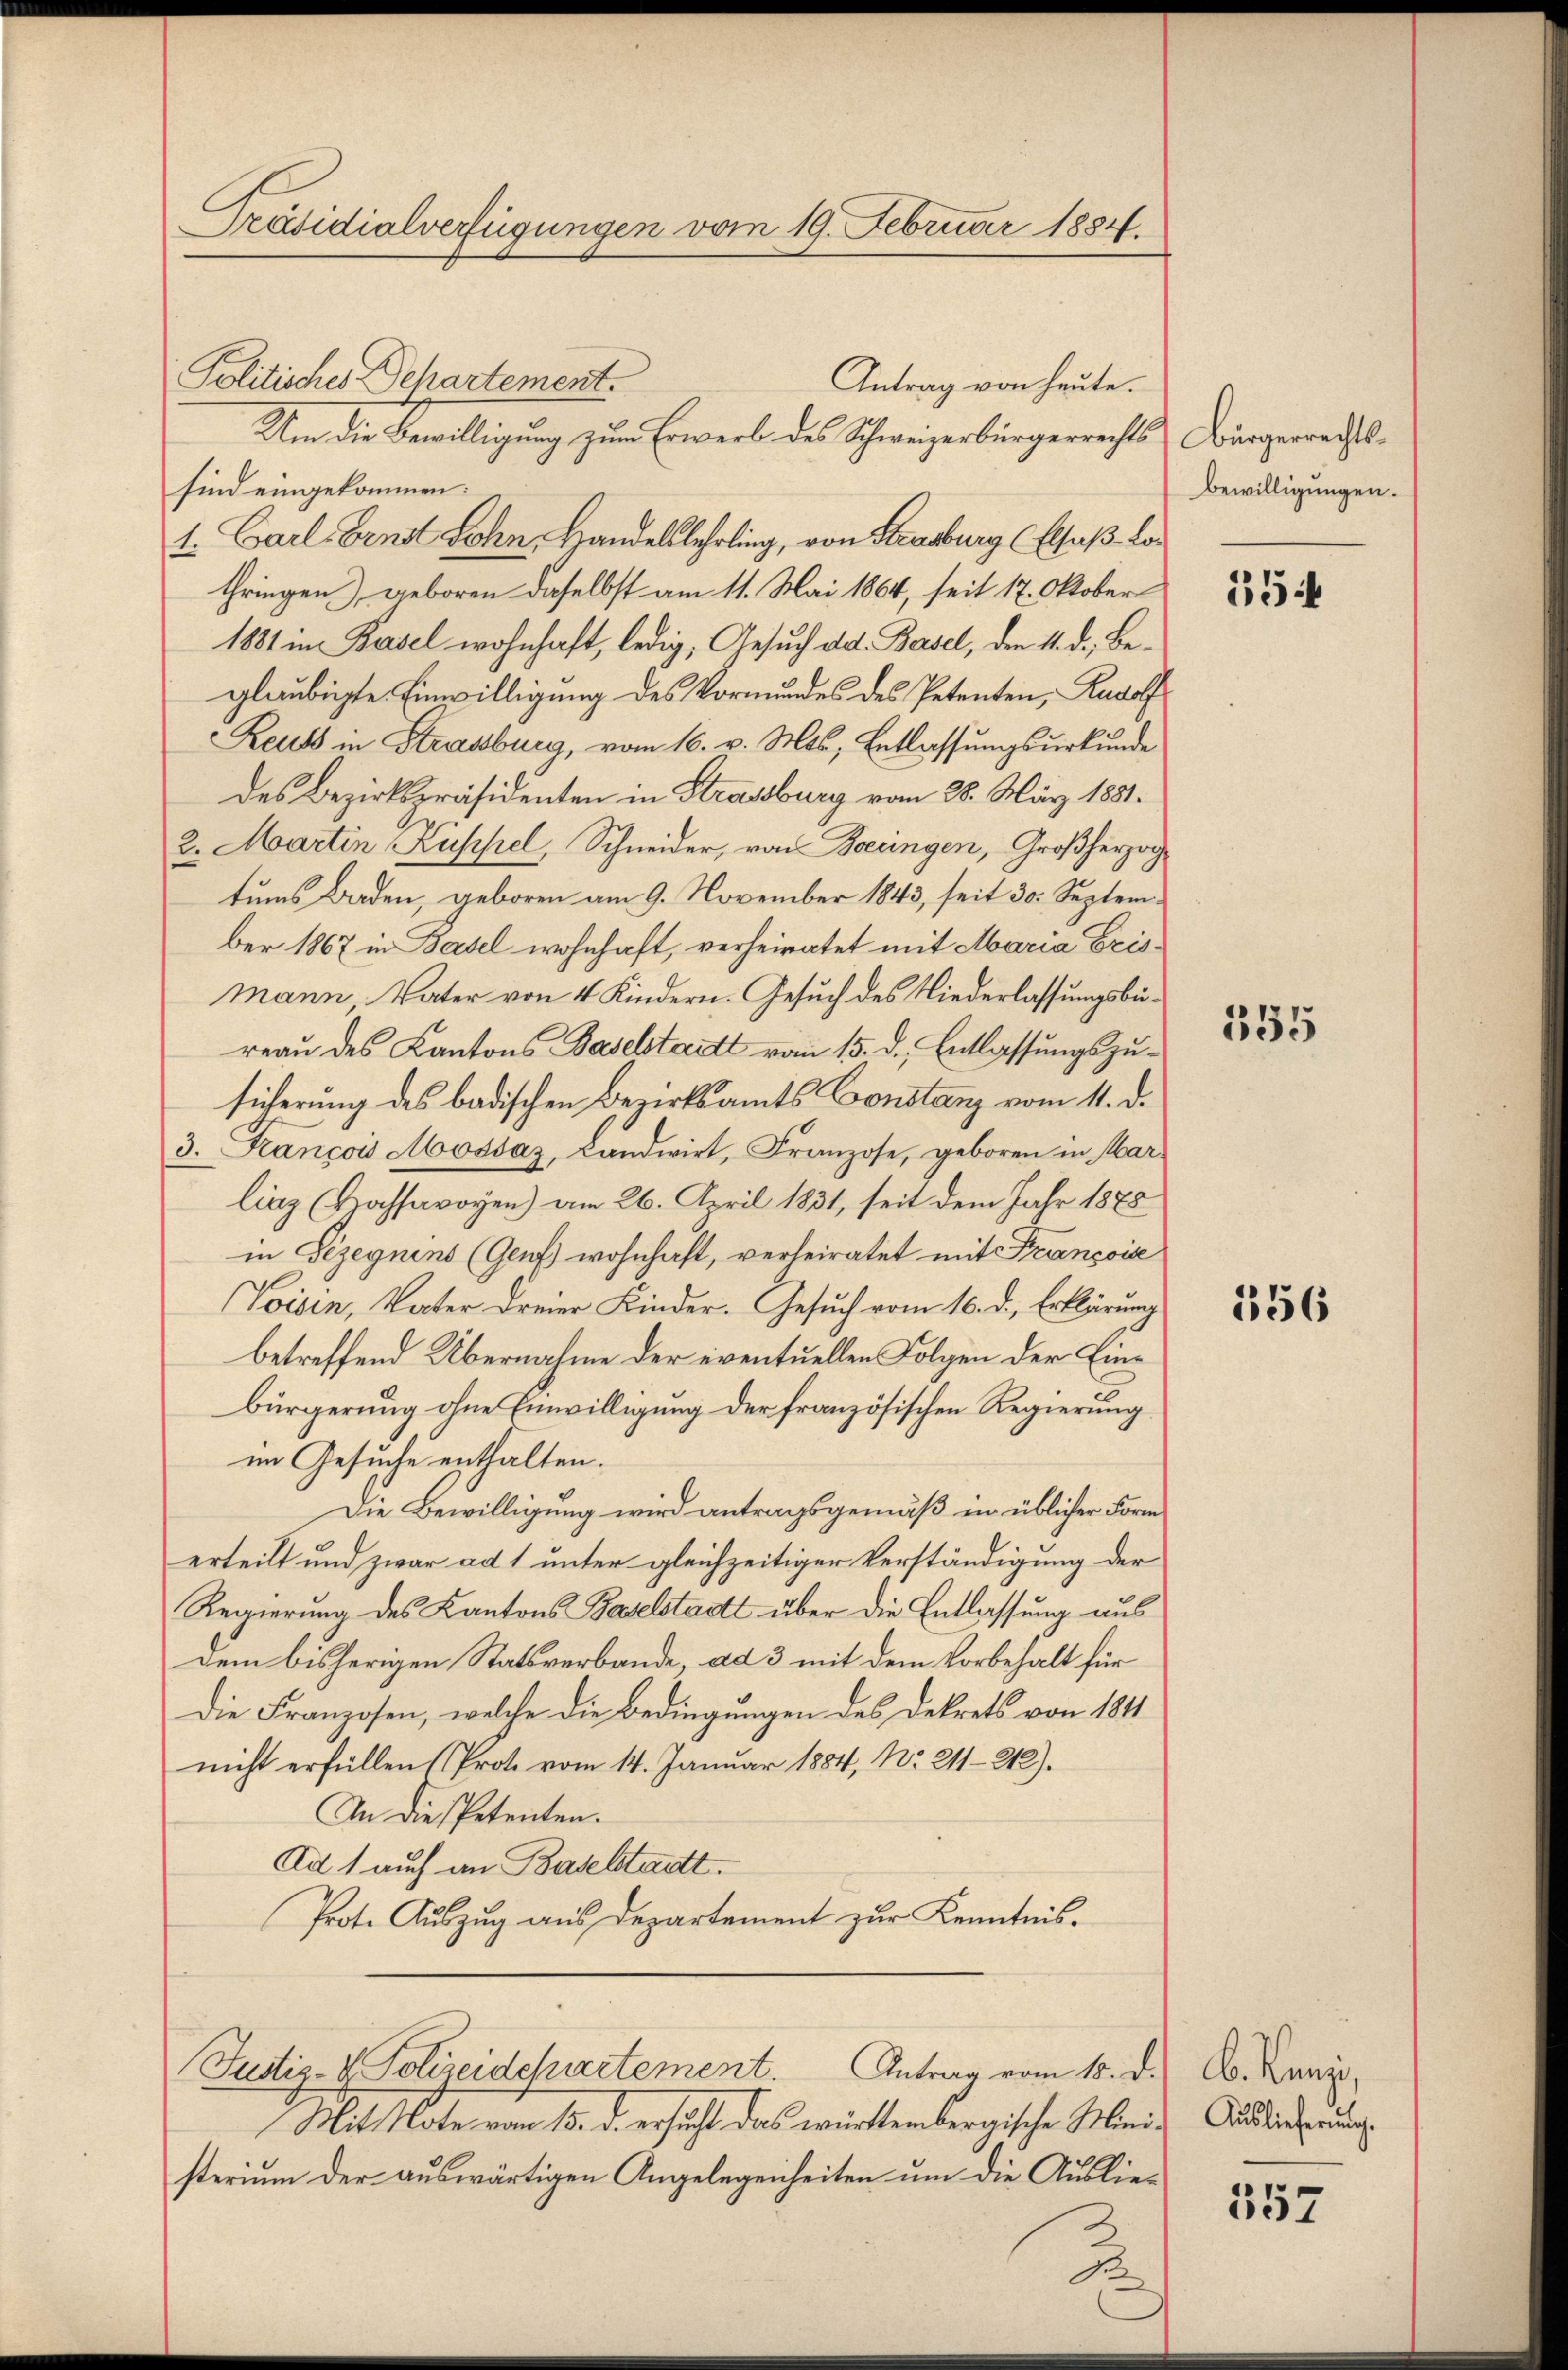
Präsidialverfügungen vom 19. Februar 1884.

Politisches Departement.
Antrag von heute.
Um die Bewilligung zum Erwerb des Schweizerbürgerrechts Bürgerrechtssind eingekommen:
1. Carl, Fenst Lohn, Handelslehrling, von Strasburg (Elsaß Lothringen) geboren daselbst am 11. Mai 1864, seit 17. Oktober
1881 in Basel wohnhaft, ledig, Gesuch ad. Basel, den 11. d. Beglaubigte Einwilligung des Vormundes des Petenten, Rudolf
Reuls in Strassburg, vom 16. v. Mts, Entlassungsurkunde
des Bezirkspräsidenten in Strassburg vom 28. März 1881.
2. Martin Küssel, Schneider, von Zoeringen, Großherzog
tums Baden, geboren am 9. November 1843, seit 30. September 1867 in Basel wohnhaft, verheiratet mit Maria Erismann, Vater von 4 Kindern. Gesuch des Niederlassungsbereau des Kantons Baselstatt vom 15. d. Entlassungszusicherung des badischen Bezirksamts Constanz vom 11. d.
3. Kançois Mossaz, Landwirt, Franzose, geboren in Mar-
liaz (Kochsavoyen) am 26. April 1831, seit dem Jahr 1888
in Gezegnens (Genf wohnhaft, verheiratet mit Francois
Voisin, Vater dreier Kinder. Gesuch vom 16. d. Erklärung
betreffend Übernahme der eventuellen Folgen der Einbürgerung ohne Einwilligung der französischen Regierung
im Gesuche enthalten.
Die Bewilligung wird antragsgemäß in üblicher Form
erteilt und zwar ad 1 unter gleichzeitiger Verständigung der
Regierung des Kantons Baselstadtt über die Entlassung aus
dem bisherigen Statsverbande, ad 3 mit dem Vorbehalt für
Die Franzosen, welche die Bedingungen des Dekrets von 1811
nicht erfüllen (Prote vom 14. Januar 1884, No. 211—212).
In die Petenten.
Ad 1 auch an Baselstadt.
Prote Auszug aus Departement zur Kenntnis.
Justiz- & Polizeidepartement. Antrag vom 15. d. A. Kunz,
Mit Note vom 15. d. ersucht das württembergische Mini- Auslieferung
sterium der auswärtigen Angelegenheiten um die Auslie¬

.

Bewilligungen.

35

355

356

557